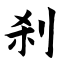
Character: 刹